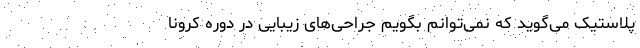
پلاستیک می‌گوید که نمی‌توانم بگویم جراحی‌های زیبایی در دوره کرونا